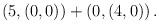
LaTeX: \begin{align*}\left( 5,\left( 0,0\right) \right) +\left( 0,\left( 4,0\right) \right) .\end{align*}